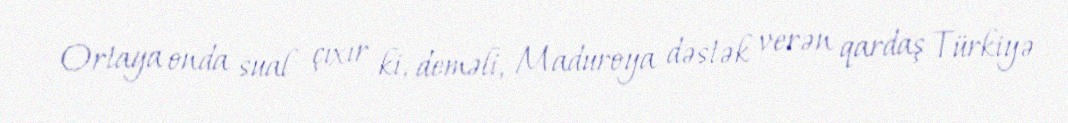
Ortaya onda sual çıxır ki, deməli, Maduroya dəstək verən qardaş Türkiyə